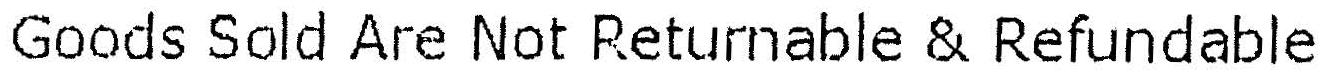
GOODS SOLD ARE NOT RETURNABLE & REFUNDABLE